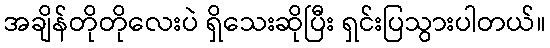
အချိန်တိုတိုလေးပဲ ရှိသေးဆိုပြီး ရှင်းပြသွားပါတယ်။